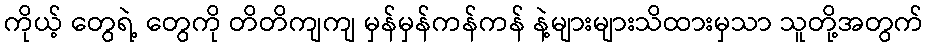
ကိုယ့် တွေရဲ့ တွေကို တိတိကျကျ မှန်မှန်ကန်ကန် နဲ့များများသိထားမှသာ သူတို့အတွက်